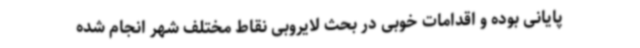
پایانی بوده و اقدامات خوبی در بحث لایروبی نقاط مختلف شهر انجام شده